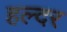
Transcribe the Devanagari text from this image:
हल्दर